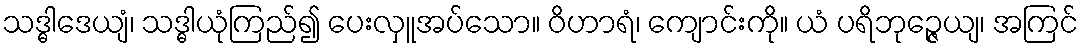
သဒ္ဓါဒေယျံ၊ သဒ္ဓါယုံကြည်၍ ပေးလှူအပ်သော။ ဝိဟာရံ၊ ကျောင်းကို။ ယံ ပရိဘုဉ္ဇေယျ၊ အကြင်